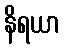
နိရယာ